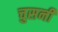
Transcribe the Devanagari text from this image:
चुसनी